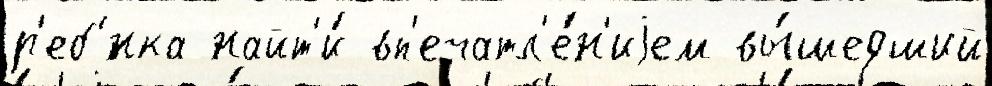
р'еб'́нка найт'и́ вп'ечатл'е́н'иjем вы́шедший